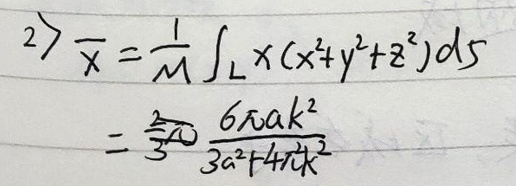
\[
2) \overline{x}=\frac{1}{M}\int_{L}x(x^{2}+y^{2}+z^{2})ds
\]
\[
=\frac{2}{3}\frac{6\pi a k^{2}}{3a^{2}+4\pi^{2}k^{2}}
\]